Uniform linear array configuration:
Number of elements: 24
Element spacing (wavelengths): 0.5
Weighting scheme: hamming
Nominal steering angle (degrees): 30
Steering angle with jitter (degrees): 29.647
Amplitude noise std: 0.05
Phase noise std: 0.05

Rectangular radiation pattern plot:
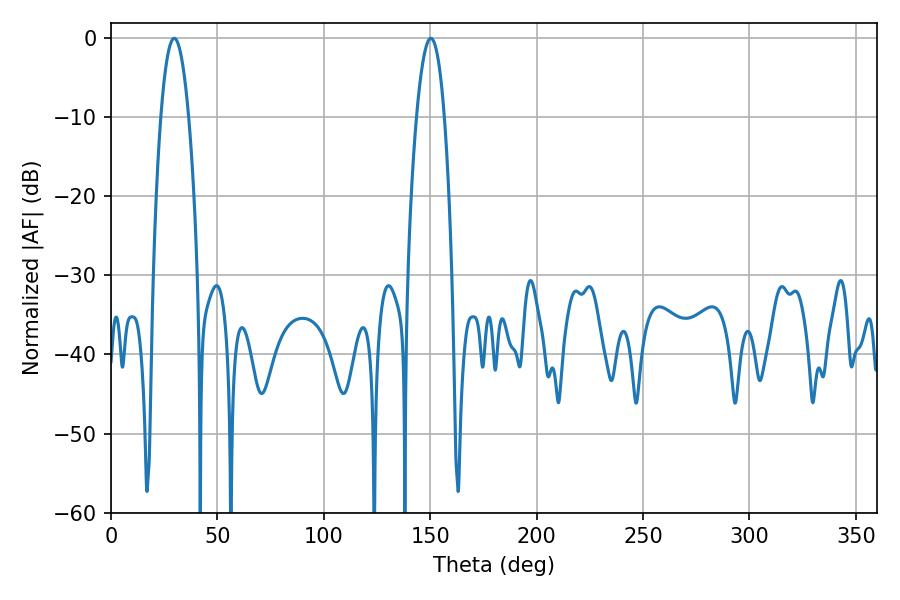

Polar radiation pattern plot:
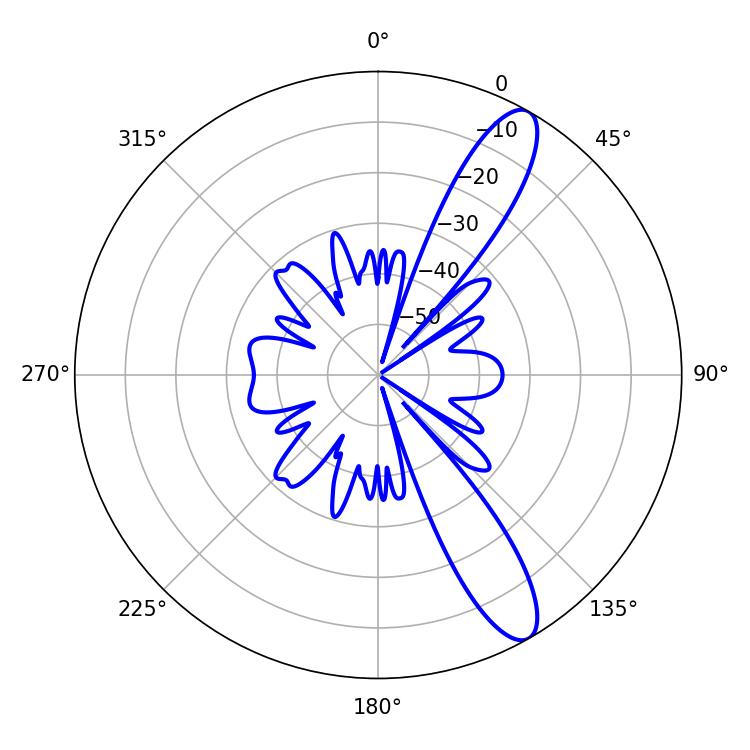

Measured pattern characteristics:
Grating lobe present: FALSE
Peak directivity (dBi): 11.728
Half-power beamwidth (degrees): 7.2
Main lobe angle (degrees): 29.7